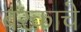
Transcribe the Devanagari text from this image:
बरकाचे